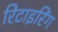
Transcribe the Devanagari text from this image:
रिटाइरिंग